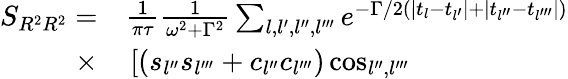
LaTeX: \begin{array}{rl}{S_{R^{2}R^{2}}=}&{{}\frac{1}{\pi\tau}\frac{1}{\omega^{2}+\Gamma^{2}}\sum_{l,l^{\prime},l^{\prime\prime},l^{\prime\prime\prime}}e^{-\Gamma/2\left(\left|t_{l}-t_{l^{\prime}}\right|+\mid t_{l^{\prime\prime}}-t_{l^{\prime\prime\prime}}\mid)\right.}}\\ {\times}&{{}\left[\left(s_{l^{\prime\prime}}s_{l^{\prime\prime\prime}}+c_{l^{\prime\prime}}c_{l^{\prime\prime\prime}}\right)\cos_{l^{\prime\prime},l^{\prime\prime\prime}}\right.}\end{array}